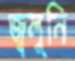
জ্বলুনি